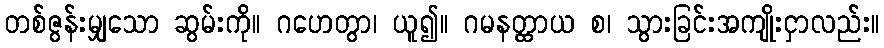
တစ်ဇွန်းမျှသော ဆွမ်းကို။ ဂဟေတွာ၊ ယူ၍။ ဂမနတ္ထာယ စ၊ သွားခြင်းအကျိုးငှာလည်း။